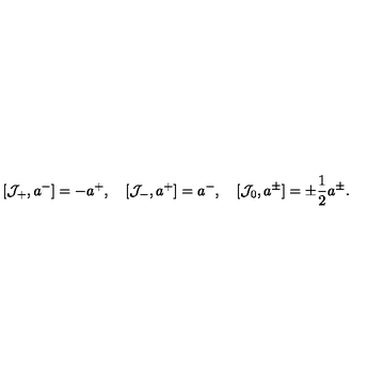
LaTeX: [ { \cal J } _ { + } , a ^ { - } ] = - a ^ { + } , \quad [ { \cal J } _ { - } , a ^ { + } ] = a ^ { - } , \quad [ { \cal J } _ { 0 } , a ^ { \pm } ] = \pm \frac { 1 } { 2 } a ^ { \pm } .